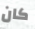
كان